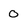
Character: O